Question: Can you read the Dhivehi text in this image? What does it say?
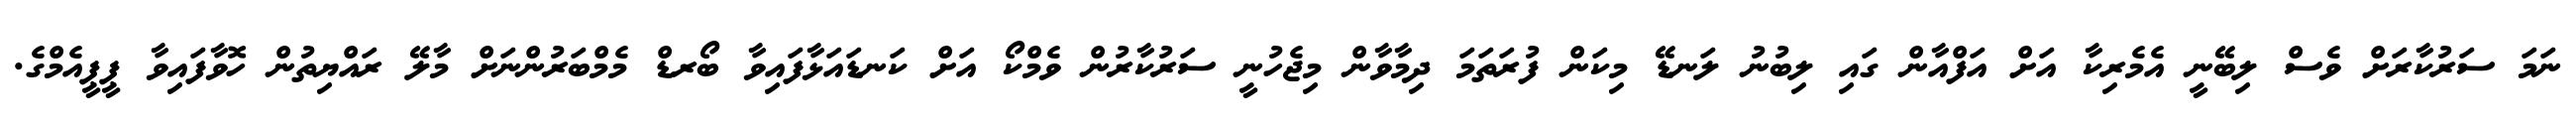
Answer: ނަމަ ސަރުކާރަށް ވެސް ލިބޭނީ އެމެރިކާ އަށް އަފްއާން ގައި ލިބުނު ލަނޑޭ މިކަން ފުރަތަމަ ދިމާވާން މިޖެހުނީ ސަރުކާރުން ވެމްކޯ އަށް ކަނޑައަޅާފައިވާ ބޯރޑް މެމްބަރުންނަށް މާލޭ ރައްޔިތުން ހޮވާފައިވާ ޕީޕީއެމްގެ.